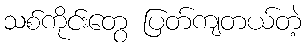
သစ်ကိုင်းတွေ ပြတ်ကျတယ်တဲ့